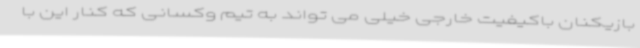
بازیکنان باکیفیت خارجی خیلی می تواند به تیم وکسانی که کنار این با